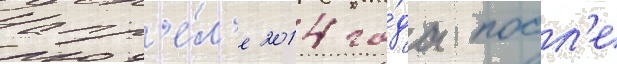
апр'е́л'е 2014 го́да посл'е